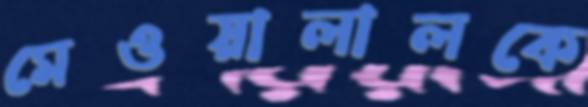
মেওয়ালালকে